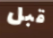
قبل